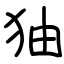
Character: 㹨